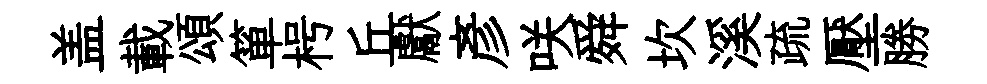
盖載頌箪枵丘獻彥咲舜坎溪疏壓勝